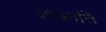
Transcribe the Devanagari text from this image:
आंवगति